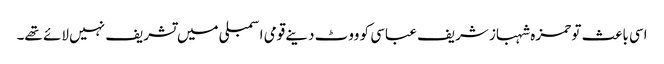
اسی باعث تو حمزہ شہباز شریف عباسی کو ووٹ دینے قومی اسمبلی میں تشریف نہیں لائے تھے۔